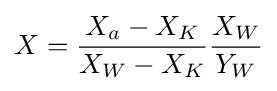
X={\frac {X_{a}-X_{K}}{X_{W}-X_{K}}}{\frac {X_{W}}{Y_{W}}}